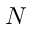
N